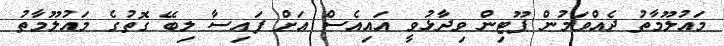
މައުލޫމާތު ދެއްވަމުން ޕޫޓިން ވިދާޅުވީ އައިއެސް އަށް ފައިސާ ލިބޭ ގޮތުގެ މައުލޫމާތު